Calcutta medical institutions reports 1871-78
Year: 1871
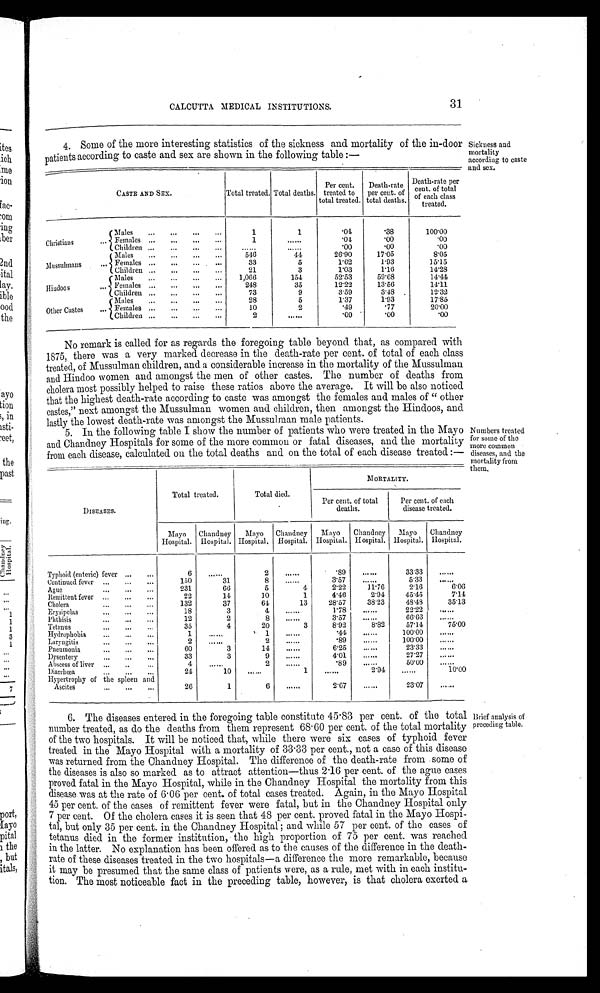
CALCUTTA MEDICAL INSTITUTIONS.
31
4. Some of the more interesting statistics of the sickness and mortality of the in-door
patients according to caste and sex are shown in the following table:—
CASTE AND SEX.
Total treated. Total deaths.
Per cent.
treated to
total treated.
Death-rate
per cent. of
total deaths.
Death-rate per
cent. of total
of each class
treated.
Christians ...
Males
... ... ... ...
1
1
· 0 4
· 3 8
1 0 0 · 0 0
Females ... ... ... ...
1 ......
· 0 4
· 0 0
· 0 0
Children ... ... ... ... ......
......
· 0 0
· 0 0
· 0 0
Mussulmans ...
Males
... ... ... ...
5 4 6
4 4
2 6 · 9 0
1 7 · 0 5
8 · 0 5
Females ... ... ... ...
3 3
5
1 · 6 2
1 · 9 3
1 5 · 1 5
Children
... ... ... ...
2 1
3
1 · 0 3
1 · 1 6
1 4 · 2 8
Hindoos ...
Males
... ... ... ...
1 , 0 6 6
1 5 4
5 2 · 5 3
5 9 · 6 8
1 4 · 4 4
Females ... ... ... ...
2 4 8
3 5
1 2 · 2 2
1 3 · 5 6
1 4 · 1 1
Children ... ... ... ...
7 3
9
3 · 5 9
3 · 4 8
1 2 · 3 2
Other Castes...
Males ... ... ... ...
2 8
5
1 · 3 7
1 · 9 3
1 7 · 8 5
Females
... ... ...
...
1 0
2
· 4 9
· 7 7
2 0 · 0 0
Children ... ... ... ...
2
......
· 0 9
· 0 0
· 0 0
No remark is called for as regards the foregoing table beyond that, as compared with
1875, there was a very marked decrease in the death-rate per cent. of total of each class
treated, of Mussulman children, and a considerable increase in the mortality of the Mussulman
and Hindoo women and amongst the men of other castes. The number of deaths from
cholera most possibly helped to raise these ratios above the average. It will be also noticed
that the highest death-rate according to caste was amongst the females and males of "other
castes," next amongst the Mussulman women and children, then amongst the Hindoos, and
lastly the lowest death-rate was amongst the Mussulman male patients.
5. In the following table I show the number of patients who were treated in the Mayo
and Chandney Hospitals for some of the more common or fatal diseases, and the mortality
from each disease, calculated on the total deaths and on the total of each disease treated:—
DISEASES.
Total treated.
Total died.
MORTALITY.
Per cent. of total
deaths.
Per cent. of each
disease treated.
Mayo
Hospital.
Chandney
Hospital.
Mayo
Hospital.
Chandney
Hospital.
Mayo
Hospital.
Chandney
Hospital.
Mayo
Hospital.
Chandney
Hospital.
Typhoid (enteric) fever ... ...
6 ......
2
......
· 8 9
......
3 3 · 3 3 ......
Continued fever ... ... ...
1 5 0
3 1
8 ......
3 · 5 7 ......
5 · 3 3 ......
Ague
... ... ...
2 3 1
6 6
5
4
2 · 2 2
1 1 · 7 6
2 · 1 6
6 · 0 6
Remittent fever ... ... ...
2 2
1 4
1 0
1
4 · 4 6
2 · 9 4
4 5 · 4 5
7 · 1 4
Cholera
... ... ...
1 3 2
3 7
6 4
1 3
2 8 · 5 7
3 8 · 2 3
4 8 · 4 8
3 5 · 1 3
Erysipelas ... ... ...
1 8
3
4 ......
1 · 7 8 ......
2 2 · 2 2 ......
Phthisis
... ... ...
1 2
2
8 ......
3 · 5 7 ......
6 6 · 6 6 ......
Tetanus
... ... ...
3 5
4
2 0
3
8 · 9 2
8 · 8 2
5 7 · 1 4
7 5 · 0 0
Hydrophobia ... ... ...
1 ......
1 ......
· 4 4
......
1 0 0 · 0 0 ......
Laryngitis
... ... ...
2 ......
2 ......
· 8 9 ......
1 0 0 · 0 0 ......
Pneumonia ... ... ...
6 0
3
1 4 ......
6 · 2 5 ......
2 3 · 3 3 ......
Dysentery ... ... ...
3 3
3
9 ......
4 · 0 1 ......
2 7 · 2 7 ......
Abscess of liver ... ...
4 ......
2 ......
· 8 9
......
5 0 · 0 0 ......
Diarrhœa
... ... ...
2 4
1 0
......
1
......
2 · 9 4 ......
1 0 · 0 0
Hypertrophy of the spleen and
Ascites
... ... ...
2 6
1
6 ......
2 · 6 7 ......
2 3 · 0 7 ......
6. The diseases entered in the foregoing table constitute 45·83 per cent. of the total
number treated, as do the deaths from them represent 68·60 per cent. of the total mortality
of the two hospitals. It will be noticed that, while there were six cases of typhoid fever
treated in the Mayo Hospital with a mortality of 33·33 per cent., not a case of this disease
was returned from the Chandney Hospital. The difference of the death-rate from some of
the diseases is also so marked as to attract attention—thus 2·16 per cent. of the ague cases
proved fatal in the Mayo Hospital, while in the Chandney Hospital the mortality from this
disease was at the rate of 6·06 per cent. of total cases treated. Again, in the Mayo Hospital
45 per cent. of the cases of remittent fever were fatal, but in the Chandney Hospital only
7 per cent. Of the cholera cases it is seen that 48 per cent. proved fatal in the Mayo Hospi
- t a l , b u t o n l y 3 5 p e r c e n t . i n t h e C h a n d n e y H o s p i t a l ; a n d w h i l e 5 7 p e r c e n t . o f t h e c a s e s o f
tetanus died in the former institution, the high proportion of 75 per cent. was reached
in the latter. No explanation has been offered as to the causes of the difference in the death-
rate of these diseases treated in the two hospitals—a difference the more remarkable, because
it may be presumed that the same class of patients were, as a rule, met with in each institu
- t i o n . T h e m o s t n o t i c e a b l e f a c t i n t h e p r e c e d i n g t a b l e , h o w e v e r , i s t h a t c h o l e r a e x e r t e d a
Sickness and
mortality
according to caste
and sex.
Numbers treated
for some of the
more common
diseases, and the
mortality from
them.
Brief analysis of
preceding table.